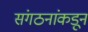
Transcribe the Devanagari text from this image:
संगठनांकडून